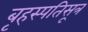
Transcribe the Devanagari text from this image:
बृहस्पतिसूत्र